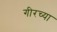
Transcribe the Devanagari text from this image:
गीरच्या